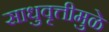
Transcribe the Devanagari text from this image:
साधुवृत्तीमुळे